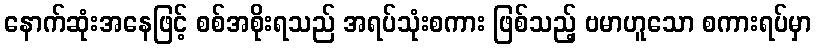
နောက်ဆုံးအနေဖြင့် စစ်အစိုးရသည် အရပ်သုံးစကား ဖြစ်သည့် ဗမာဟူသော စကားရပ်မှာ